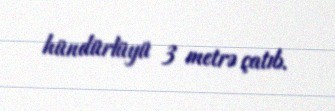
hündürlüyü 3 metrə çatıb.